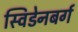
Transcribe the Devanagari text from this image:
स्विडेनबर्ग